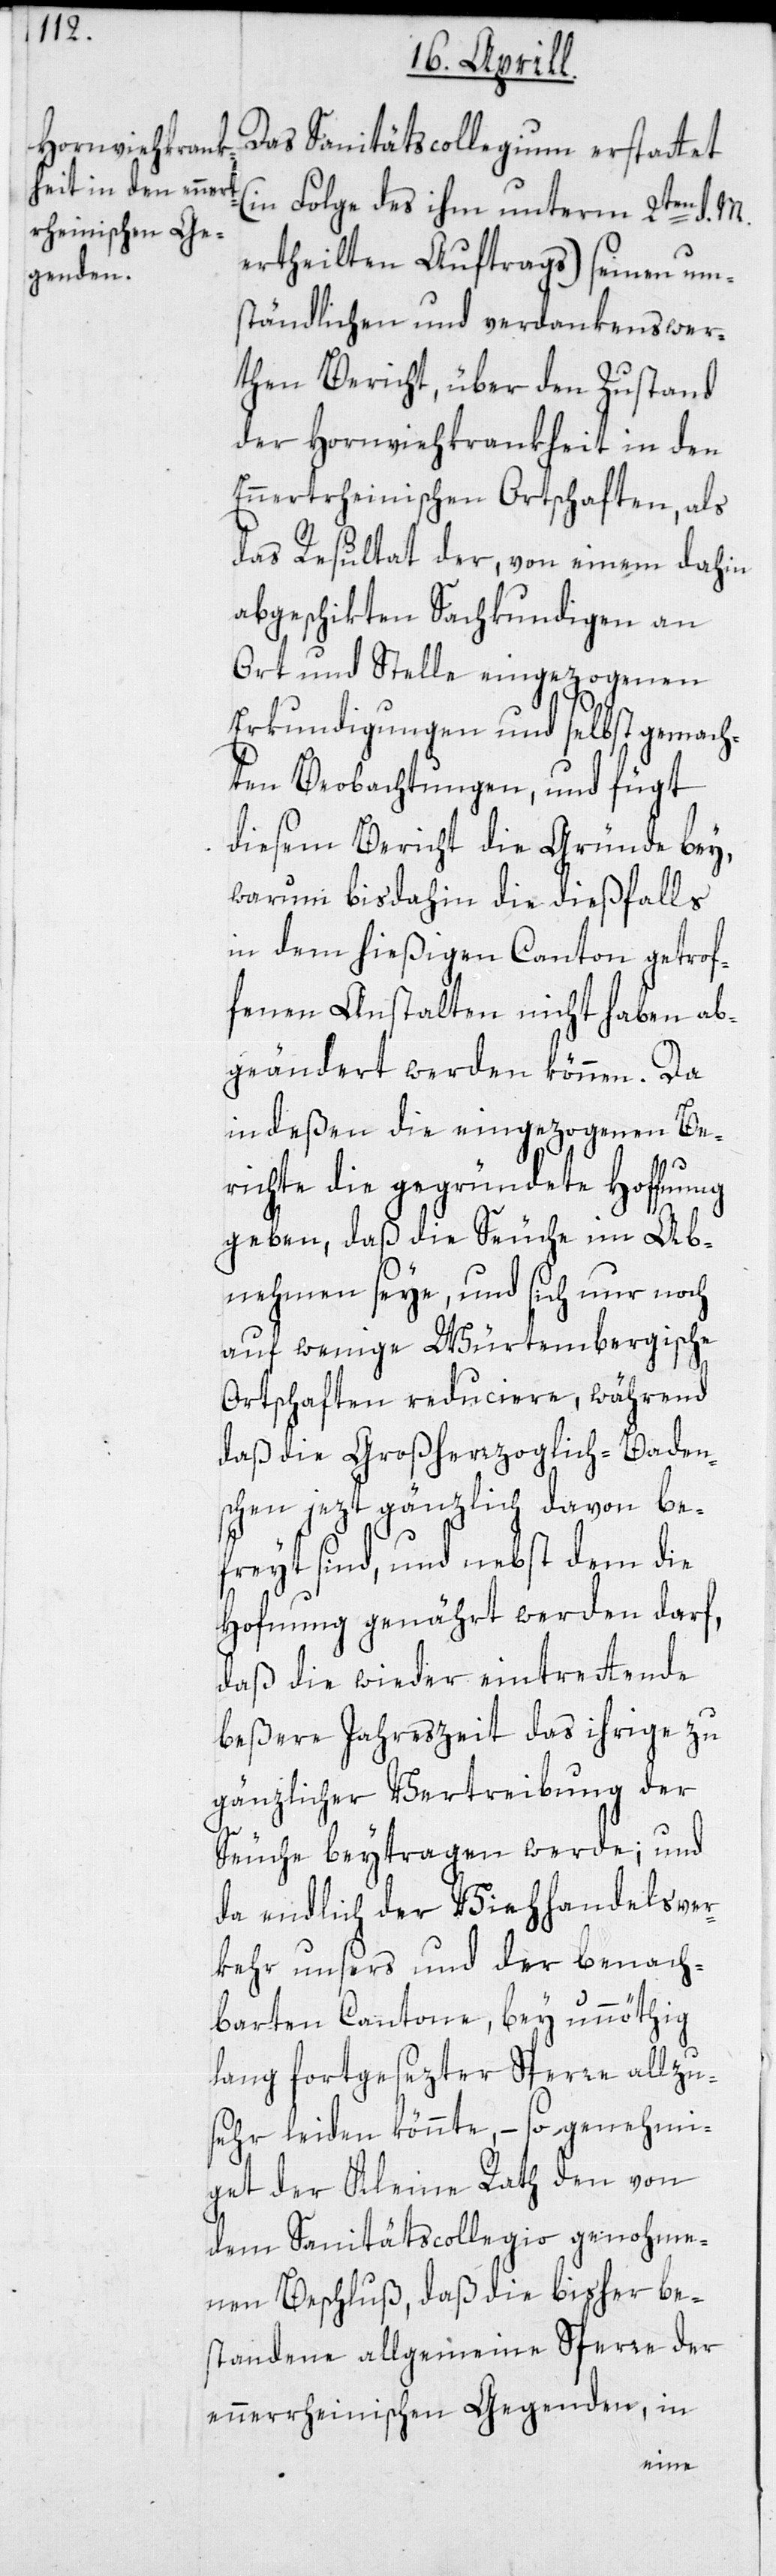
Das Sanitätscollegium erstattet
(in Folge des ihm unterm 2ten d. M.
ertheilten Auftrags) seinen um¬
ständlichen und verdankenswer¬
then Bericht, über den Zustand
der Hornviehkrankheit in den
Ennertrheinischen Ortschaften, als
das Resultat der, von einem dahin
abgeschikten Sachkundigen an
Ort und Stelle eingezogenen
Erkundigungen und selbst gemach¬
ten Beobachtungen, und fügt
diesem Bericht die Gründe bey,
warum bis dahin die dießfalls
in dem hießigen Canton getrof¬
fenen Anstalten nicht haben ab¬
geändert werden können. Da
indeßen die eingezogenen Be¬
richte die gegründete Hoffnung
geben, daß die Seuche im Ab¬
nehmen seye, und sich nur noch
auf wenige Würtembergische
Ortschaften reduciere, während
daß die Großherzoglich-Baden¬
schen jezt gänzlich davon be¬
freyt sind, und nebst dem die
Hofnung genährt werden darf,
daß die wieder eintrettende
beßere Jahreszeit das ihrige zu
gänzlicher Vertreibung der
Seuche beytragen werde; und
da endlich der Viehhandelsver¬
kehr unsers und der benach¬
barten Cantone, bey unnöthig
lang fortgesezter Sperre allzu¬
sehr leiden könnte, – so genehmi¬
get der Kleine Rath den von
dem Sanitätscollegio genohme¬
nen Beschluß, daß die bisher be¬
standene allgemeine Sperre der
ennerrheinischen Gegenden, in